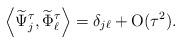
LaTeX: \begin{align*}\left\langle\widetilde{\Psi}_{j}^{\tau},\widetilde{\Phi}_{\ell}^{\tau} \right\rangle = \delta_{j\ell} + \rm O(\tau^{2}).\end{align*}